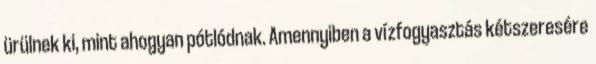
ürülnek ki, mint ahogyan pótlódnak. Amennyiben a vízfogyasztás kétszeresére